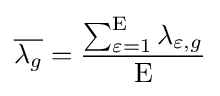
{\overline {\lambda _{g}}}={\frac {\sum _{\varepsilon =1}^{\mathrm {E} }\lambda _{\varepsilon ,g}}{\mathrm {E} }}